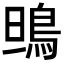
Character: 鴠